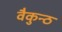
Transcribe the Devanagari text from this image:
वैकुन्ठ